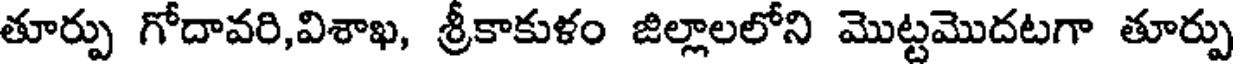
తూర్పు గోదావరి,విశాఖ, శ్రీకాకుళం జిల్లాలలోని మొట్టమొదటగా తూర్పు